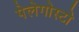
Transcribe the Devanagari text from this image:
पेलेगोस्टो